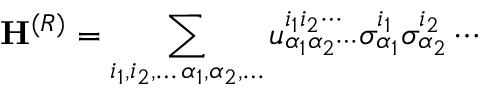
\mathbf { H } ^ { ( R ) } = \sum _ { \substack { i _ { 1 } , i _ { 2 } , \ldots \, \alpha _ { 1 } , \alpha _ { 2 } , \ldots } } u _ { \alpha _ { 1 } \alpha _ { 2 } \cdots } ^ { i _ { 1 } i _ { 2 } \cdots } \sigma _ { \alpha _ { 1 } } ^ { i _ { 1 } } \sigma _ { \alpha _ { 2 } } ^ { i _ { 2 } } \cdots